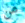
من